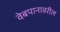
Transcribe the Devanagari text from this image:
वेबपानावरील